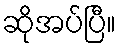
ဆိုအပ်ပြီ။